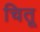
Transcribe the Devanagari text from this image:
चितू